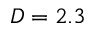
D = 2 . 3